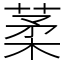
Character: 葇